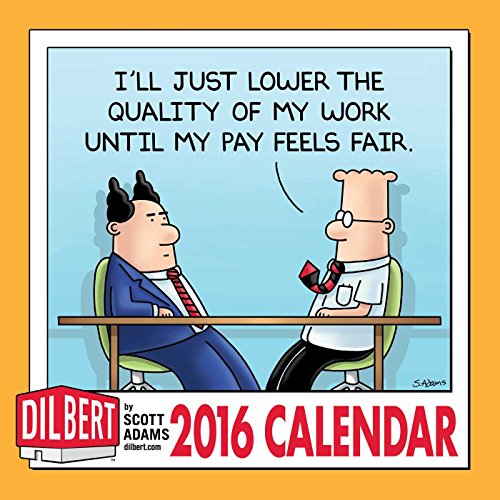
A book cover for Dilbert 2016 Mini Wall Calendar; Scott Adams; Calendars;